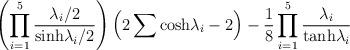
LaTeX: \begin{align*}\left( \prod_{i=1}^5 {\lambda_i/2 \over {\rm sinh} \lambda_i /2}\right) \left( 2\sum {\rm cosh} \lambda_i -2 \right) - {1 \over 8}\prod_{i=1}^5 {\lambda_i \over {\rm tanh} \lambda_i}\end{align*}